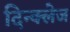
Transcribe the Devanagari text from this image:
दिन्क्लेज